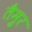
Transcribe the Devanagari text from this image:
तैमु्र